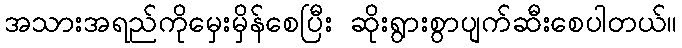
အသားအရည်ကိုမှေးမှိန်စေပြီး ဆိုးရွားစွာပျက်ဆီးစေပါတယ်။